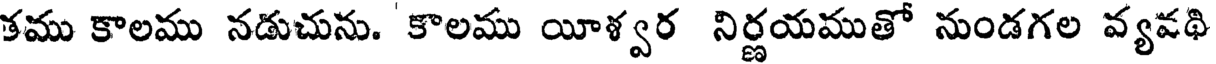
కము కాలము నడుచును. కాలము యీశ్వర నిర్ణయముతో నుండగల వ్యవథి